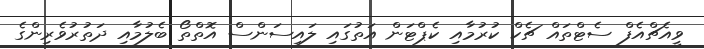
ވީއެޗްއެފް ސެޓްތައް ޗެކް ކުރުމާއި ކެޕްޓަން އަތުގައި ލައިސަންސް އޮތްތޯ ބެލުމާއި ދަތުރުވެރިންގެ